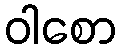
ဝါစော